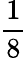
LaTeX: \frac 18